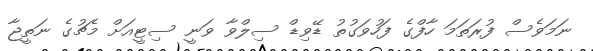
ނަމަވެސް ފުރަތަމަ ހާފްގެ ފަހުވަގުތު ޑޭވިޑް ސިލްވާ ވަނީ ސިޓީއަށް މެޗުގެ ނަތީޖާ